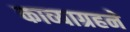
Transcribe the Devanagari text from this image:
काव्याग्रहने